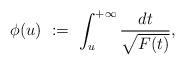
LaTeX: \begin{align*}\phi(u)\ :=\ \int_u^{+\infty}\frac{dt}{\sqrt{F(t)}},\end{align*}